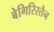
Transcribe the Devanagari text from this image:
बेगिरिस्तैन